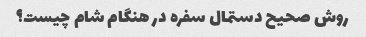
روش صحیح دستمال سفره در هنگام شام چیست؟